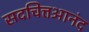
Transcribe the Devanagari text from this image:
सदचित्तआनंद